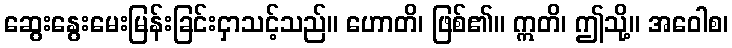
ဆွေးနွေးမေးမြန်းခြင်းငှာသင့်သည်။ ဟောတိ၊ ဖြစ်၏။ ဣတိ၊ ဤသို့။ အဝေါစ၊